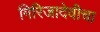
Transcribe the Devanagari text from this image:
गिरिजादेवीचा